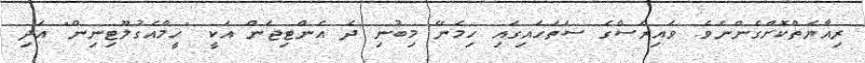
ރިއާޔަތްކޮށްގެންނެވެ. ވައިރަސްގެ ސަތަހައިގައި ހިމެނޭ މިބުނި ދެ އެންޓިޖަން އަކީ "ހީމްއެގުލޫޓިނިން" އަދި